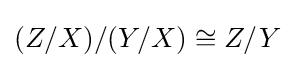
(Z/X)/(Y/X)\cong Z/Y